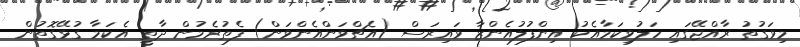
މިވަގުތު ރާއްޖޭގައި ހަލުވިކަމާއެކު އިންފުލުއެންޒާ ވައިރަސް (އެޗްވަންއެންވަން) ފެތުރެމުން ދާތީ އެކަމާ ގުޅޭގޮތުން